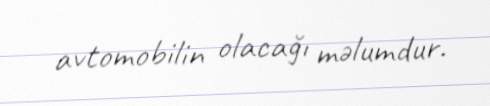
avtomobilin olacağı məlumdur.